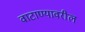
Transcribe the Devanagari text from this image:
वाटाण्यावरील